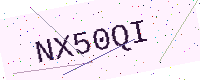
Text: NX50QI